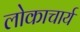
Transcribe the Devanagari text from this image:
लोकाचार्य